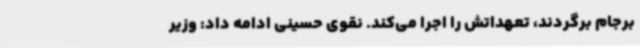
برجام برگردند، تعهداتش را اجرا می‌کند. نقوی حسینی ادامه داد: وزیر